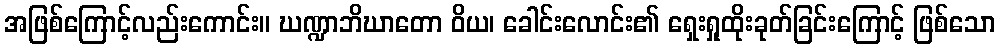
အဖြစ်ကြောင့်လည်းကောင်း။ ဃဏ္ဍာဘိဃာတော ဝိယ၊ ခေါင်းလောင်း၏ ရှေးရှုထိုးခုတ်ခြင်းကြောင့် ဖြစ်သော